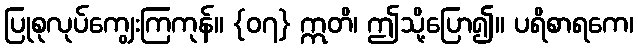
ပြုစုလုပ်ကျွေးကြကုန်။ {၀၇} ဣတိ၊ ဤသို့ပြော၍။ ပရိစာရကေ၊